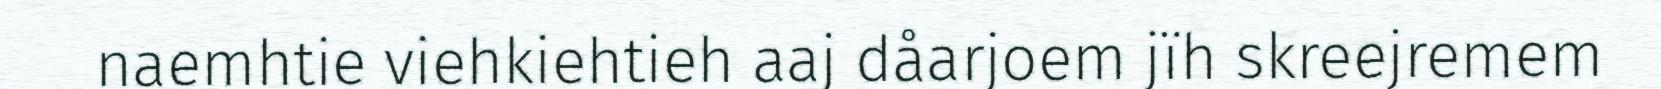
naemhtie viehkiehtieh aaj dåarjoem jïh skreejremem